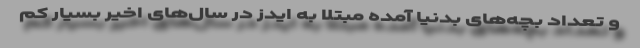
و تعداد بچه‌های بدنیا آمده مبتلا به ایدز در سال‌های اخیر بسیار کم